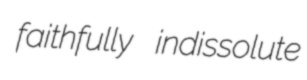
faithfully indissolute